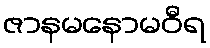
ဇာနမနောမဝီရ